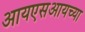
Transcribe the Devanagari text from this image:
आयएसआयच्या